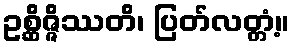
ဥစ္ဆိဇ္ဇိဿတိ၊ ပြတ်လတ္တံ့။